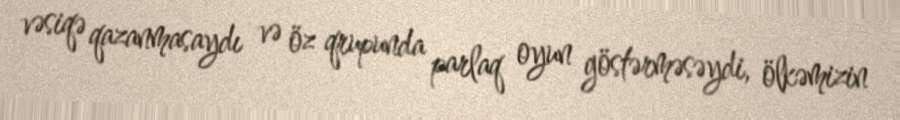
vəsiqə qazanmasaydı və öz qrupunda parlaq oyun göstərməsəydi, ölkəmizin